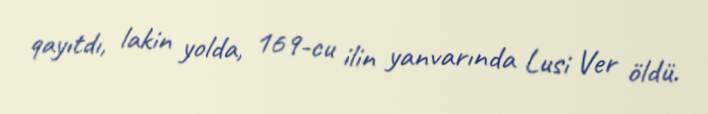
qayıtdı, lakin yolda, 169-cu ilin yanvarında Lusi Ver öldü.